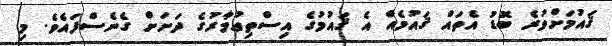
ޤައުމަށްވުރެ ބޮޑު އެތައް ޤައުމެއް އެ ޤައުމުގެ އިސްތިޢުމާރުގެ ދަށަށް ގެނެސްފައެވެ. މި